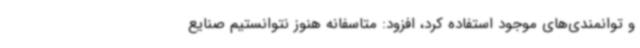
و توانمندی‌های موجود استفاده کرد، افزود: متاسفانه هنوز نتوانستیم صنایع